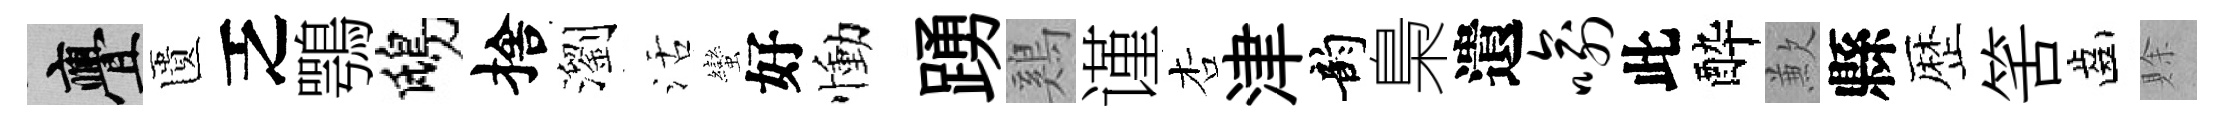
亹匱乏鶚鴟捨瀏活蠻好慟踴鷄谨杏津韵梟遺喻此酔歉縣歴筈齒賖